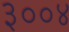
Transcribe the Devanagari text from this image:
३००४